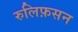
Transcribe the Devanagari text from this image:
रुलिफ़सन